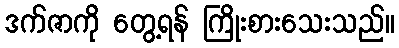
ဒက်ဇာကို တွေ့ရန် ကြိုးစားသေးသည်။